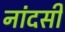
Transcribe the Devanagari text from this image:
नांदसी